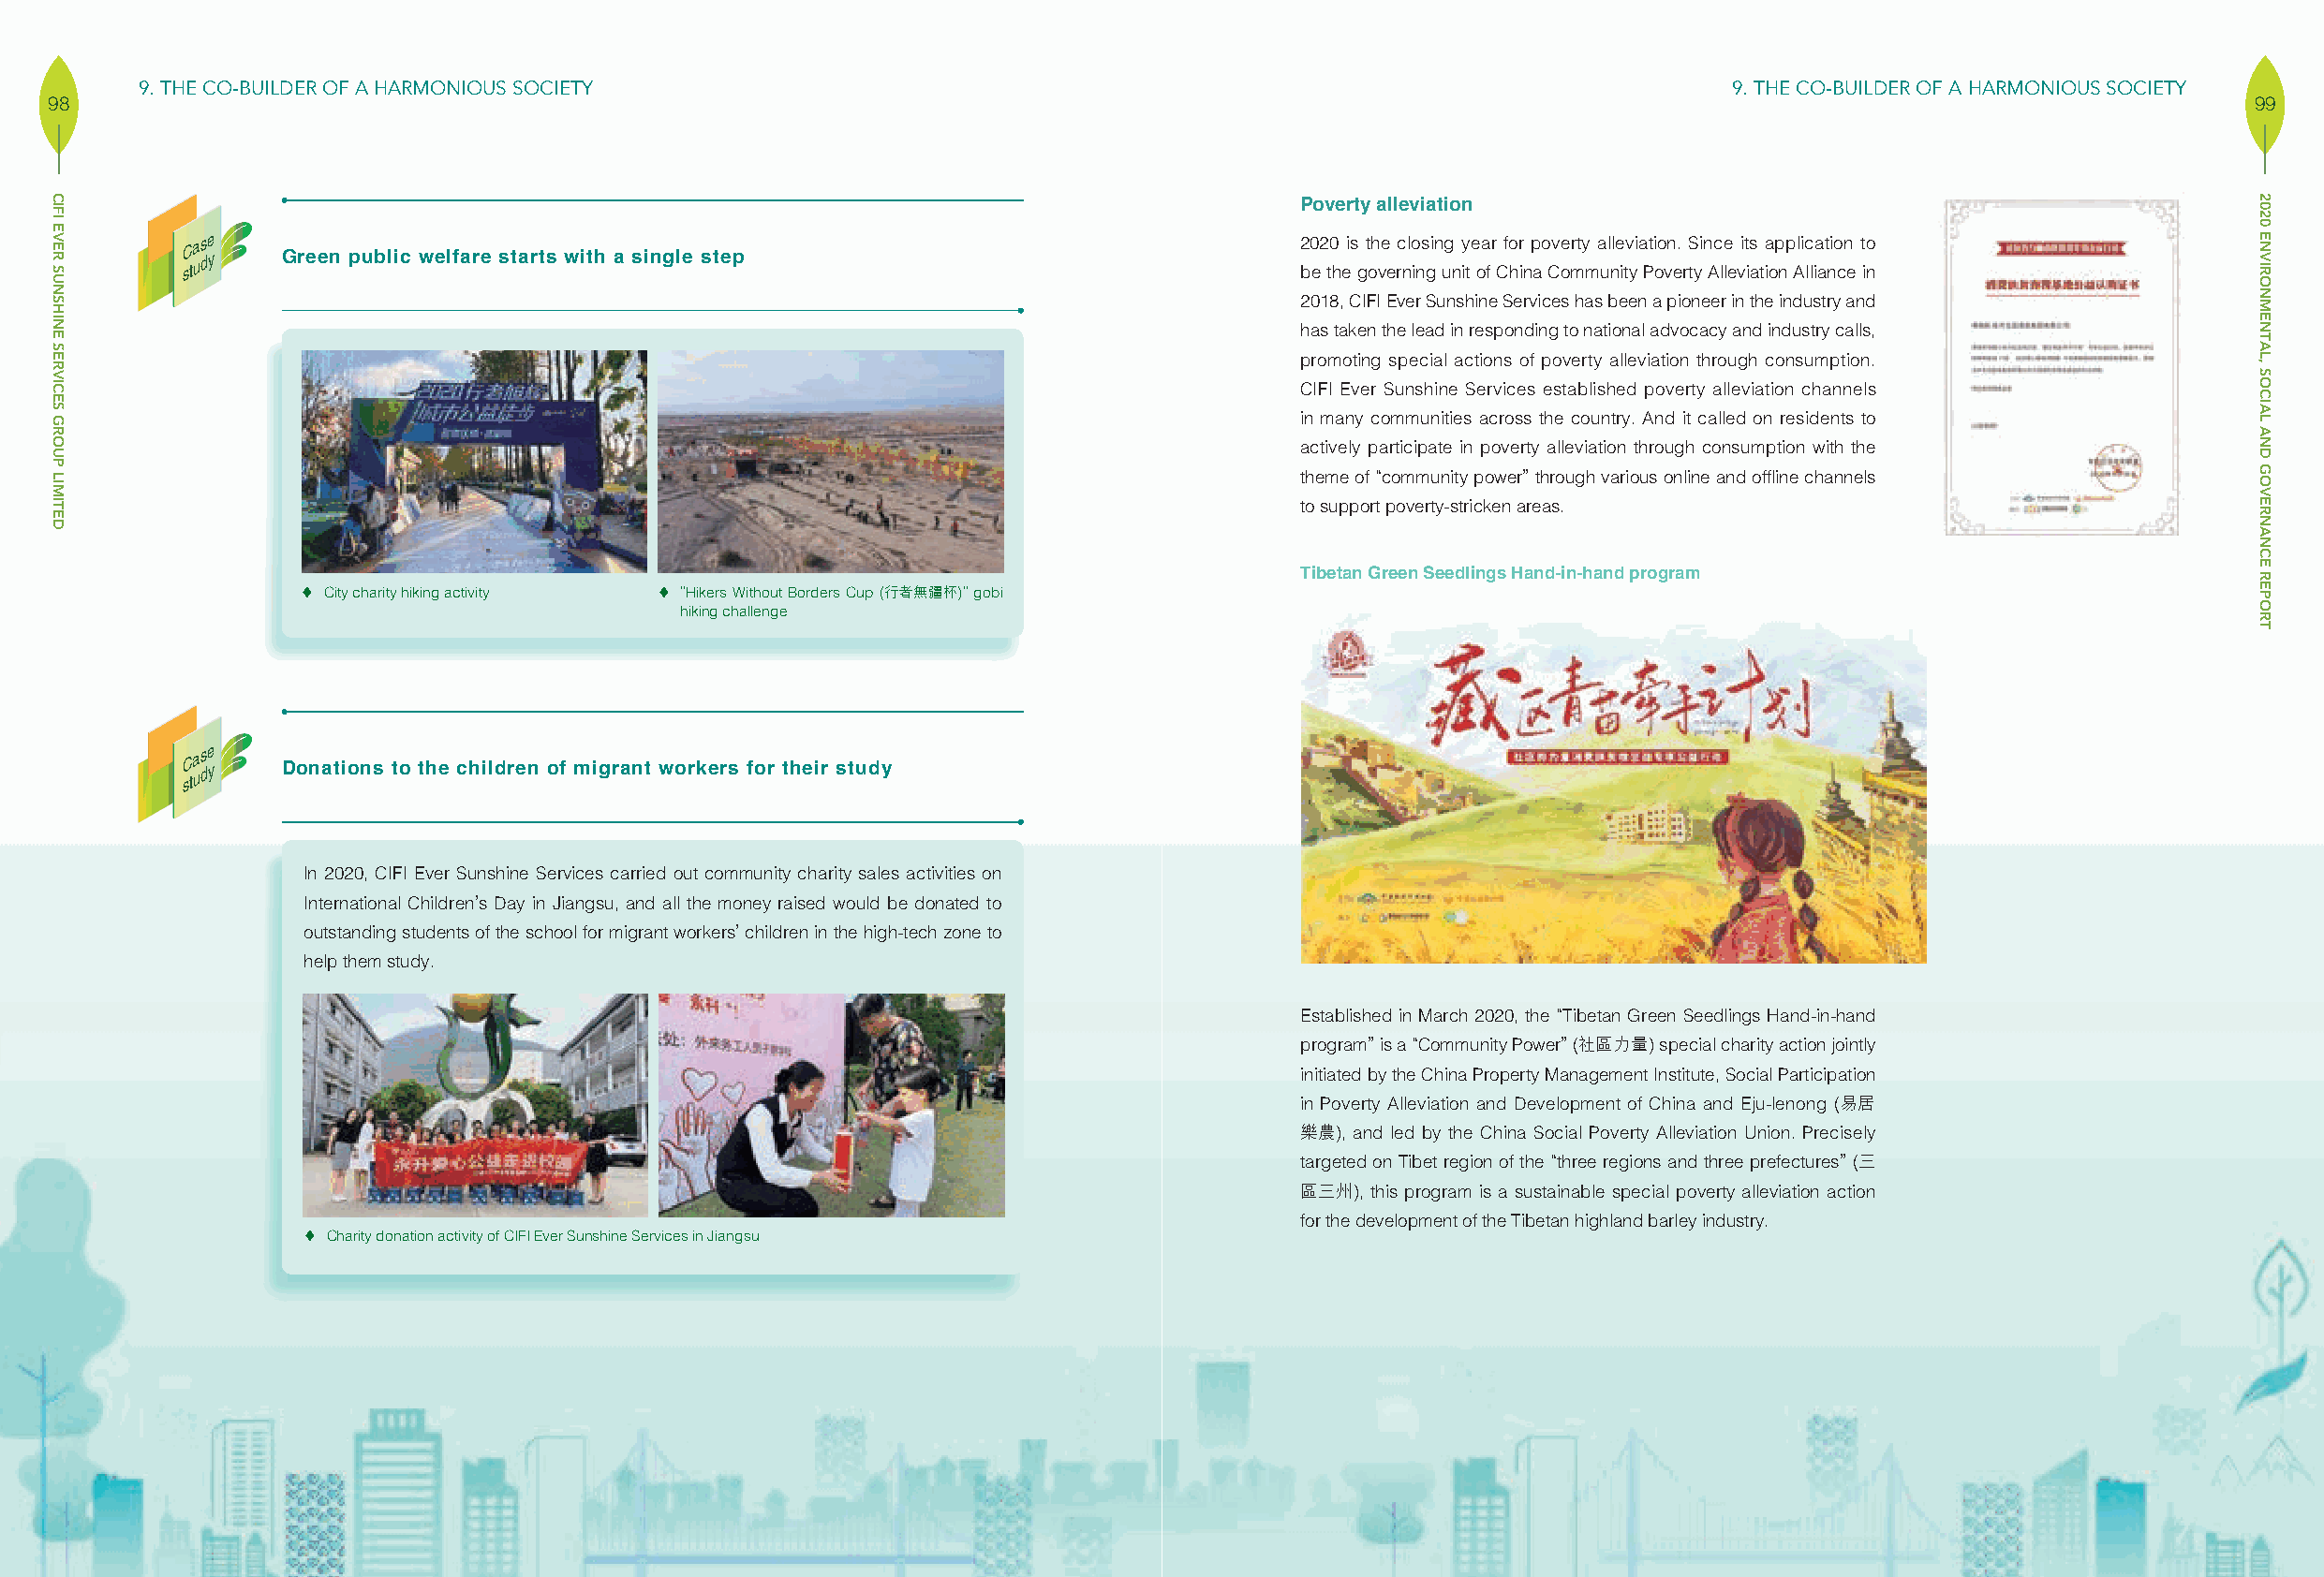
9. THE CO-BUILDER OF A HARMONIOUS SOCIETY                                                                       9. THE CO-BUILDER OF A HARMONIOUS SOCIETY
 98                                                                                                                                                          99
 Poverty alleviation
 sC ta us de y Green public welfare starts with a single step                   2 b0 e2 t0
 h
 eis
 g
 t oh ve
 e
 rc nl io ns gin ug
 n
 iy
 t
 e oa
 f
 r
 C
 fo hr
 in
 p ao Cve omrty
 m
 a ul nle itv yi a Pti oo vn e.
 r
 tS yi n Ac lle
 e
 vit is
 a
 tia op np Alic llia at nio cn
 e
 t io
 n
 2018, CIFI Ever Sunshine Services has been a pioneer in the industry and
 has taken the lead in responding to national advocacy and industry calls,
 promoting special actions of poverty alleviation through consumption.
 CIFI Ever Sunshine Services established poverty alleviation channels
 in many communities across the country. And it called on residents to
 actively participate in poverty alleviation through consumption with the
 theme of “community power” through various online and offline channels
 to support poverty-stricken areas.
 Tibetan Green Seedlings Hand-in-hand program
  City charity hiking activity  ”Hikers Without Borders Cup (行者無疆杯)” gobi
 hiking challenge
 sC ta us de y Donations to the children of migrant workers for their study
 In 2020, CIFI Ever Sunshine Services carried out community charity sales activities on
 International Children’s Day in Jiangsu, and all the money raised would be donated to
 outstanding students of the school for migrant workers’ children in the high-tech zone to
 help them study.
 Established in March 2020, the “Tibetan Green Seedlings Hand-in-hand
 program” is a “Community Power” (社區力量) special charity action jointly
 initiated by the China Property Management Institute, Social Participation
 in Poverty Alleviation and Development of China and Eju-lenong (易居
 樂農), and led by the China Social Poverty Alleviation Union. Precisely
 targeted on Tibet region of the “three regions and three prefectures” (三
 區三州), this program is a sustainable special poverty alleviation action
 for the development of the Tibetan highland barley industry.
  Charity donation activity of CIFI Ever Sunshine Services in Jiangsu
 CIFI
 EVER
 SUNSHINE
 SERVICES
 GROUP
 LIMITED
 2020
 ENVIRONMENTAL,
 SOCIAL
 AND
 GOVERNANCE
 REPORT